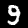
Digit: 9